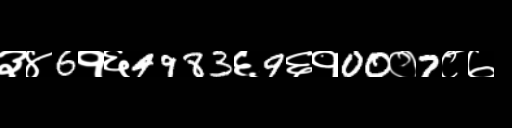
Text: ३४6१६4983६9६१00०7८७